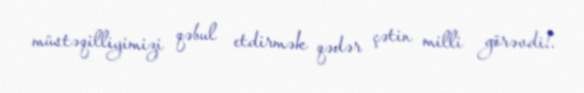
müstəqilliyimizi qəbul etdirmək qədər çətin milli görəvdi!.